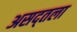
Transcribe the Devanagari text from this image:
असद्तला